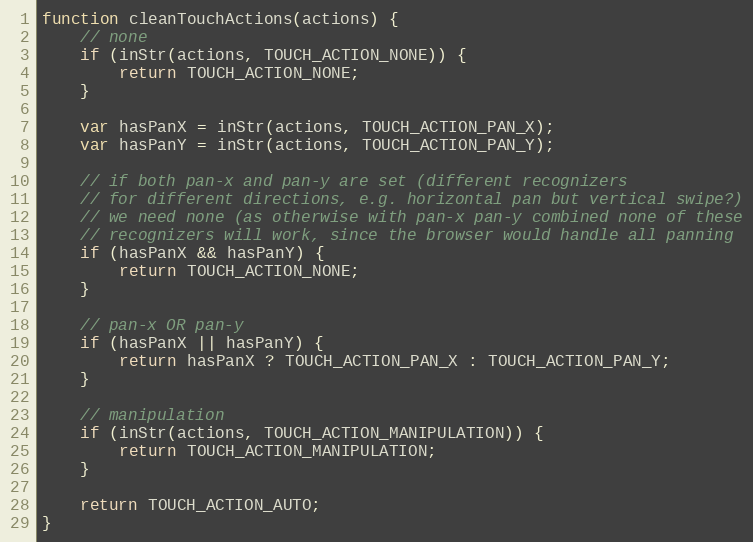
Language: JavaScript
function cleanTouchActions(actions) {
    // none
    if (inStr(actions, TOUCH_ACTION_NONE)) {
        return TOUCH_ACTION_NONE;
    }

    var hasPanX = inStr(actions, TOUCH_ACTION_PAN_X);
    var hasPanY = inStr(actions, TOUCH_ACTION_PAN_Y);

    // if both pan-x and pan-y are set (different recognizers
    // for different directions, e.g. horizontal pan but vertical swipe?)
    // we need none (as otherwise with pan-x pan-y combined none of these
    // recognizers will work, since the browser would handle all panning
    if (hasPanX && hasPanY) {
        return TOUCH_ACTION_NONE;
    }

    // pan-x OR pan-y
    if (hasPanX || hasPanY) {
        return hasPanX ? TOUCH_ACTION_PAN_X : TOUCH_ACTION_PAN_Y;
    }

    // manipulation
    if (inStr(actions, TOUCH_ACTION_MANIPULATION)) {
        return TOUCH_ACTION_MANIPULATION;
    }

    return TOUCH_ACTION_AUTO;
}